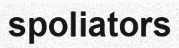
spoliators